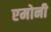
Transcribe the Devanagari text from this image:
एमोनी